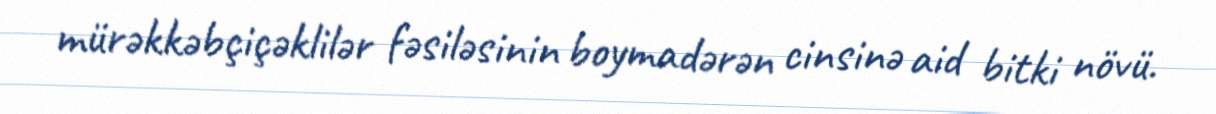
mürəkkəbçiçəklilər fəsiləsinin boymadərən cinsinə aid bitki növü.